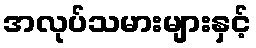
အလုပ်သမားများနှင့်